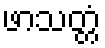
ဖာသတ္တံ